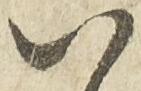
八